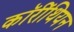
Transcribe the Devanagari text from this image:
कॉरींथियन